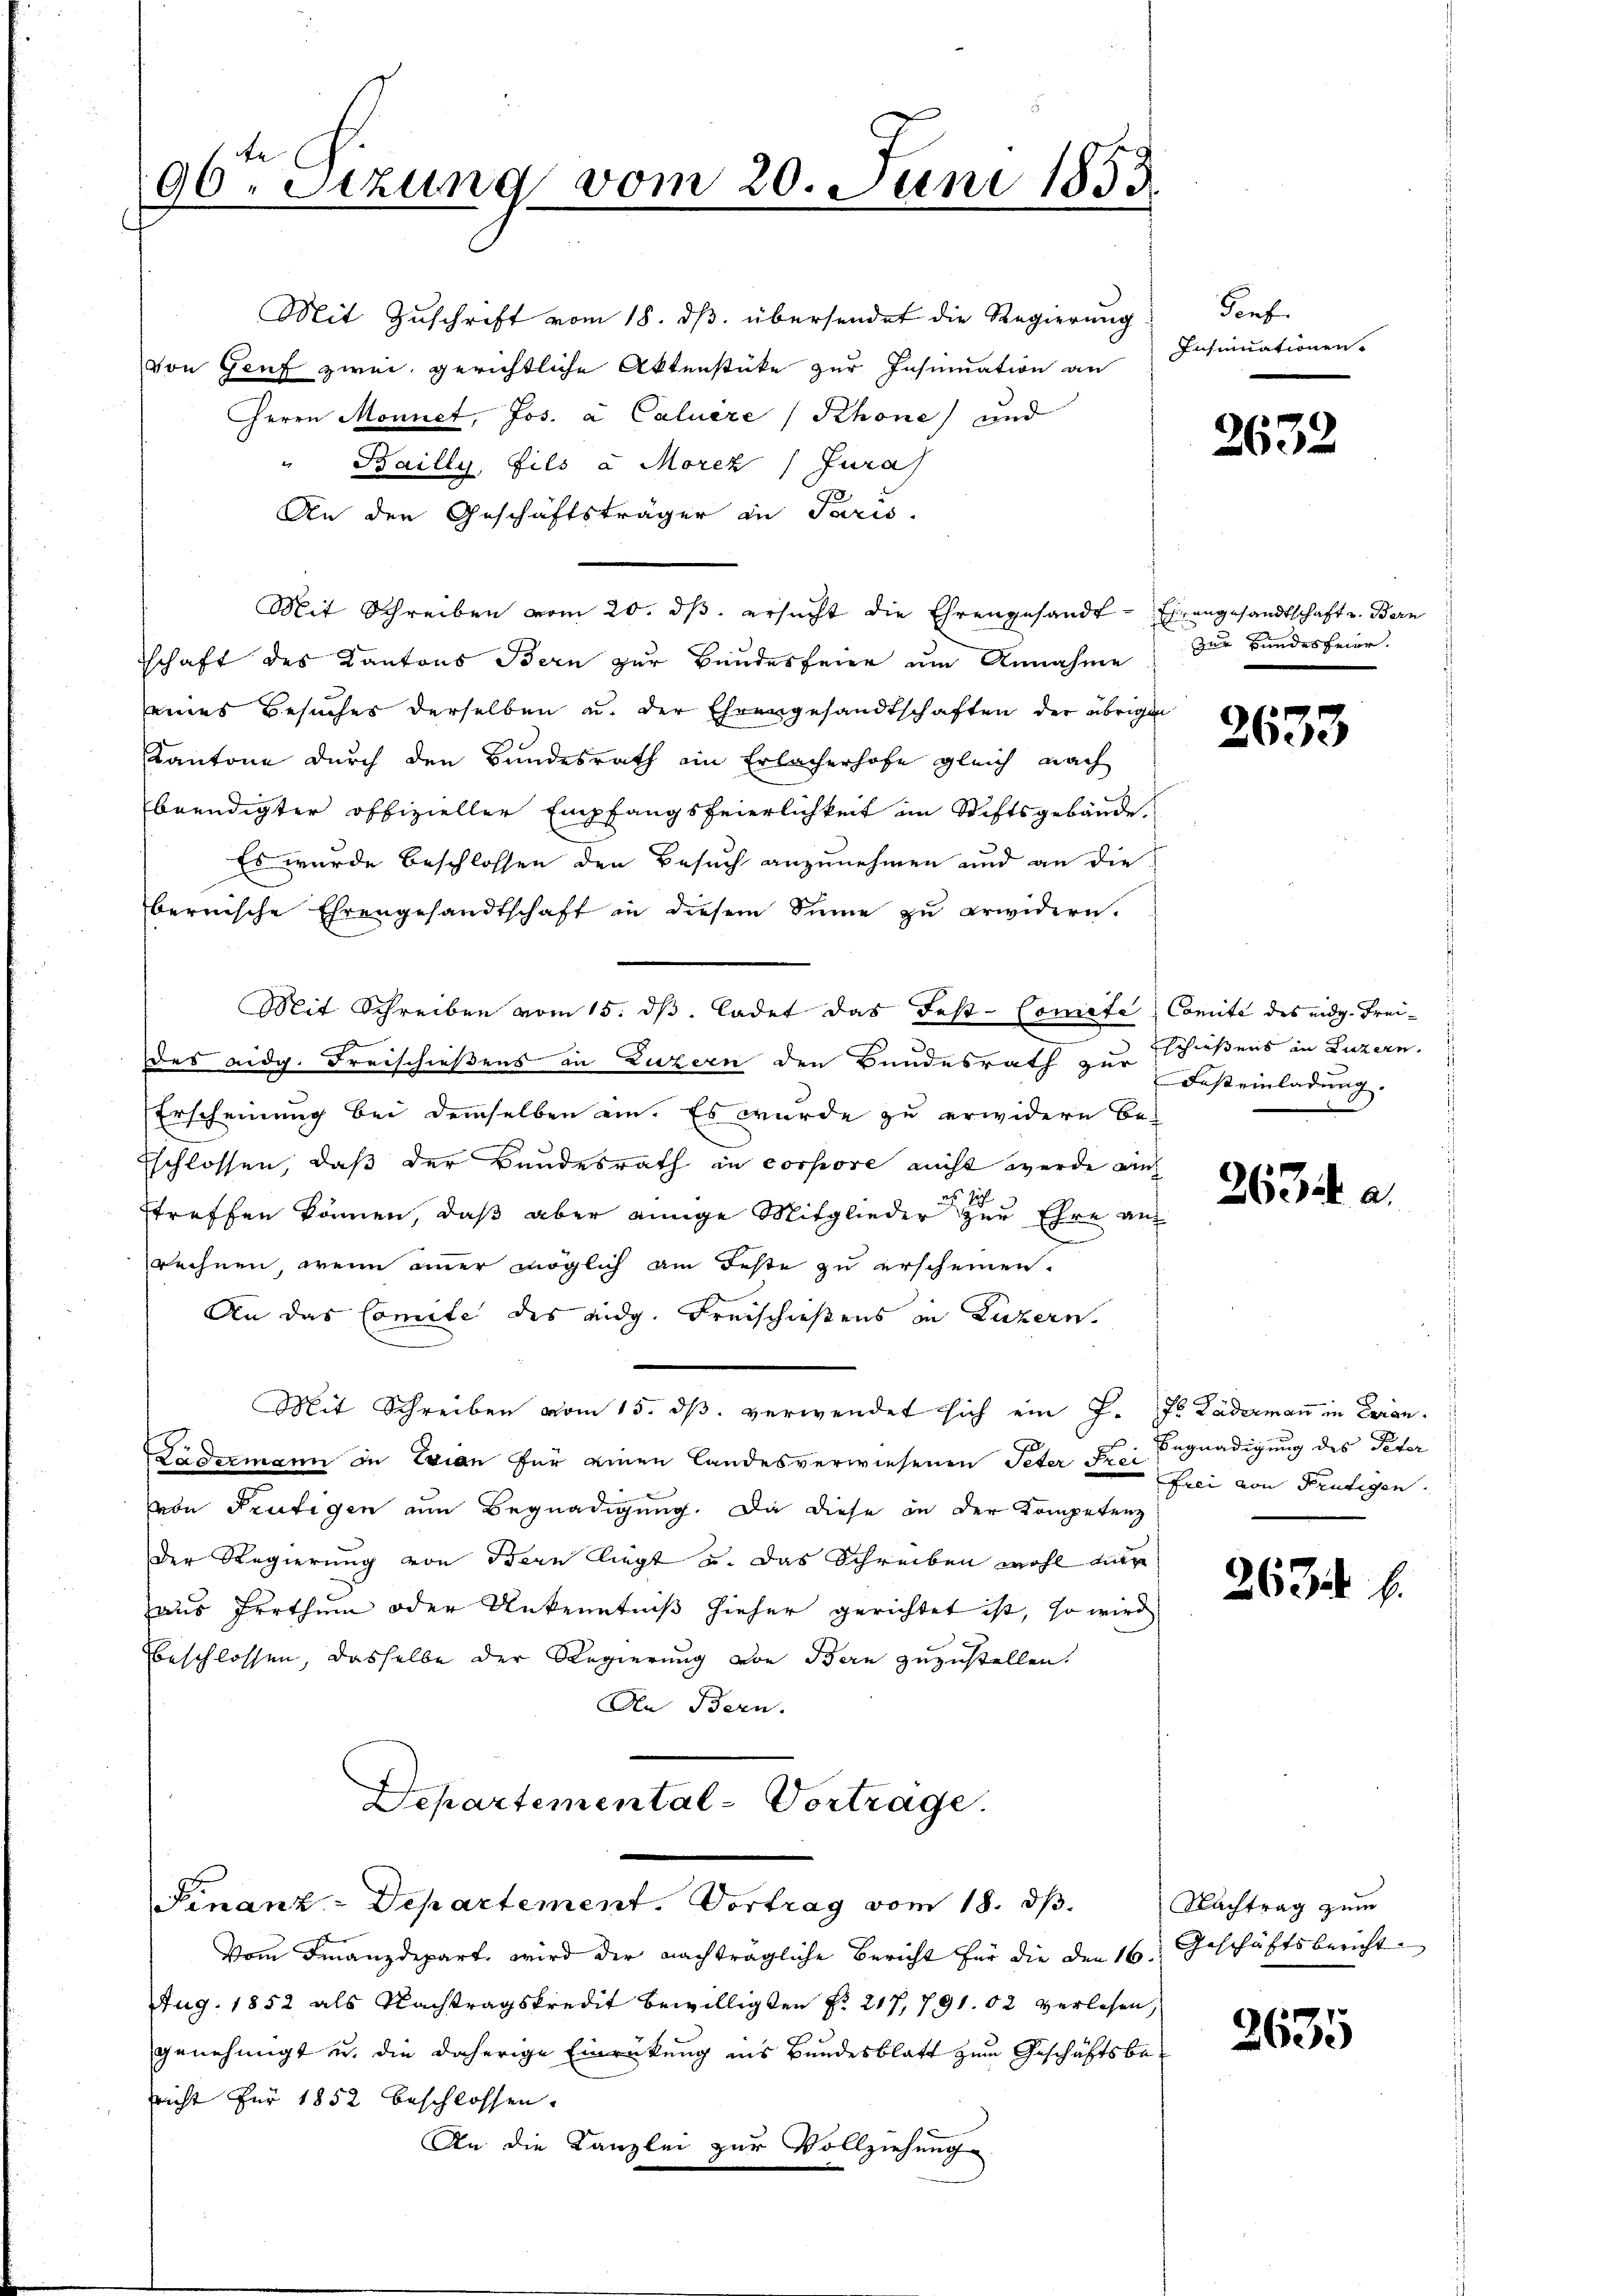
90. Sizung vom 20. Juni 1858.

Mit Zuschrift vom 18. ds. übersendet die Regierung
von Genf zwei gerichtliche Aktenstüke zur Insinuation an
Herrn Monnet, Jos. à Caluere / Rhone) und
" Bailly, Fils a Morez / Jura
An der Geschäftsträger in Paris.
Mit Schreiben vom 20. dβ. ersucht die Ehrengesandt - Ehrengesandtschaft u. Bern
schaft des Kantons Bern zur Bundesfeier um Annahme
eines Besuches derselben u. der Ehrengesandtschaften der übrigen
Kantone durch den Bundesrath am Erlacherhofe gleich nach
beendigter offizieller Empfangsfeierlichkeit im Stiftsgebäude.
Es wurde beschlossen den Besuch anzunehmen und an die
bernische Ehrengesandtschaft in diesem Sinne zu erwidern.
Mit Schreiben vom 15. dβ. ladet das Fest-Comite
Des eidg. Freischießens in Luzern den Bundesrath zur
Erscheinung bei demselben ein. Es wurde zu erwidern be-
Eschlossen, daß der Bundesrath in corpore nicht wurde anstreffen können, daß aber einige Mitglieder zur Ehre an
.
rechnen, wenn einer möglich am Feste zu erscheinen.
An das Comite des eidg. Freischießens in Luzern.
Mit Schreiben vom 15. ds. verwendet sich ein J.
Ladermann in Evian für einen Landesverwiesenen Peter Frei
habe Frutigen am Begnadigung. Da diese in der Kompetenz
Der Regierung von Bern liegt u. das Schreiben wohl mir
aus Irrthum oder Unkenntniß hieher gerichtet ist, so wird
beschlossen, dasselbe der Regierung von Bern zuzustellen.
An Bern.
Departemental-Vortrage.
Finanz-Departement. Vortrag vom 18. ds.
Vom Finanzdepart, wird der nachträgliche Bericht für die den 16. Geschäftsbericht
Aug. 1852 als Nachtragskredit bewilligten Fr. 217, 791. 02 verlesen,
genehmigt u. die daherige Einrückung ins Bundesblatt zum Geschäftsbenicht für 1852 beschlossen.
An die Kanzlei zur Vollziehung

Gonf.
Insinuationen.

2632

zur Bundesfeier.

2633

Comité des eidg. Frei-
schießens in Luzern.
Fasteinladung.

2634

Js Lädermann in Garan.
Begnadigung des Peter
Frei von Frutigen.

2634 f.

Nachtrag zum

2635